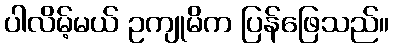
ပါလိမ့်မယ် ဥကျုမိက ပြန်ဖြေသည်။